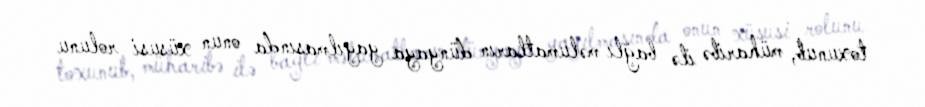
toxunub, müharibə ilə bağlı məlumatların dünyaya yayılmasında onun xüsusi rolunu